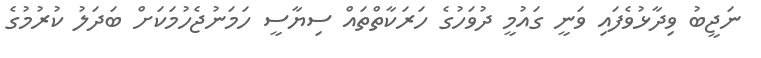
ނަޖީބު ވިދާޅުވެފައި ވަނީ ގައުމީ ދުވަހުގެ ހަރަކާތްތައް ސިޔާސީ ހަމަނުޖެހުމަކަށް ބަދަލު ކުރުމުގެ